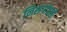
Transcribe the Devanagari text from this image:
निसर्गातली